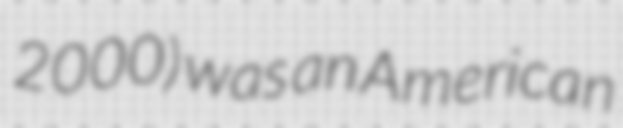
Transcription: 2000) was an American